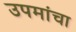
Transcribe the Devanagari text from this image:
उपमांचा